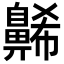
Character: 𪖥